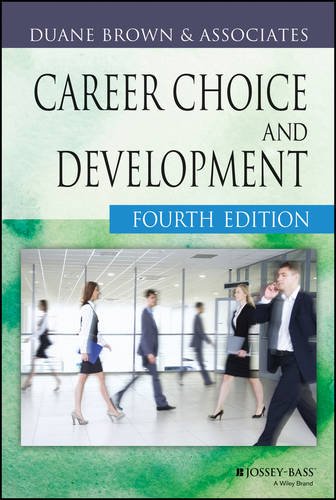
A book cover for Career Choice and Development; Business & Money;